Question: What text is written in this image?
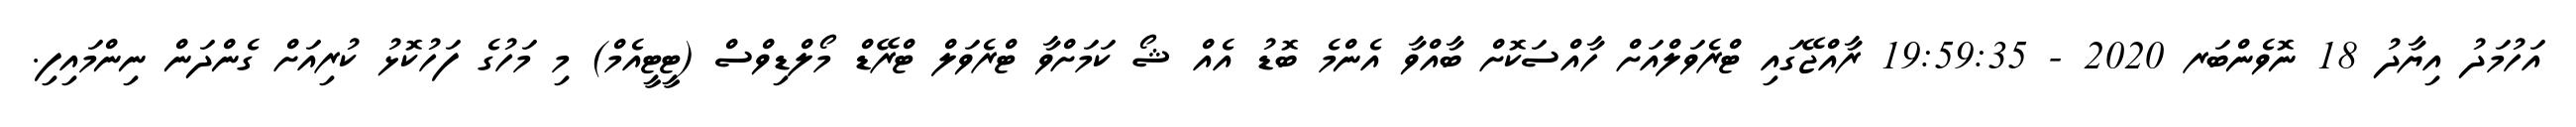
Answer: އަހުމަދު އިޔާދު 18 ނޮވެންބަރ 2020 - 19:59:35 ރާއްޖޭގައި ޓްރެވަލްއަށް ހާއްސަކޮށް ބާއްވާ އެންމެ ބޮޑު އެއް ޝޯ ކަމަށްވާ ޓްރެވަލް ޓްރޭޑް މޯލްޑިވްސް (ޓީޓީއެމް) މި މަހުގެ ފަހުކޮޅު ކުރިއަށް ގެންދަން ނިންމައިފި.